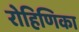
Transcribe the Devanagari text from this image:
रोहिणिका